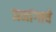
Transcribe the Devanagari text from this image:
जनांगाचे